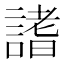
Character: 𧪡